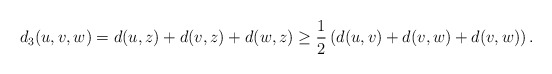
\begin{align*} d_3(u,v,w)=d(u,z)+d(v,z)+d(w,z) \ge \frac 12 \left(d(u,v)+d(v,w)+d(v,w)\right). \end{align*}